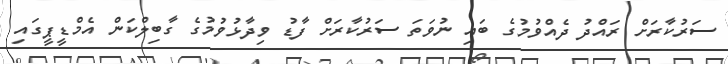
ސަރުކާރަށް ރައްދު ދެއްވުމުގެ ބައި ނުވަތަ ސަރުކާރަށް ފާޑު ވިދާޅުވުމުގެ ގާބިލްކަން އެމްޑީޕީގައި